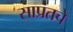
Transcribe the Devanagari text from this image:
साप्रंतचे